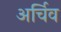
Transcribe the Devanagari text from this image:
अर्चिव